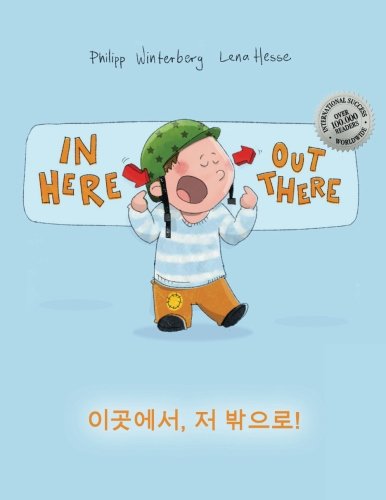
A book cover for In here, out there! Igos-eseo, jeo bakk-eulo!: Children's Picture Book English-Korean (Bilingual Edition/Dual Language); Philipp Winterberg; Children's Books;